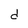
Character: d